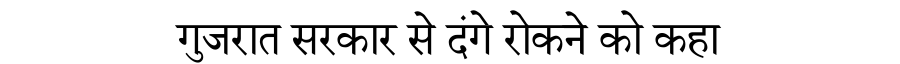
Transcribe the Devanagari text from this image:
गुजरात सरकार से दंगे रोकने को कहा